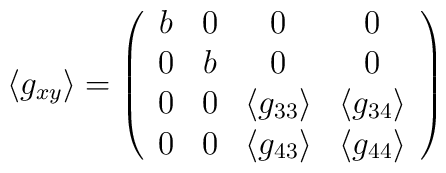
\langle g_{xy} \rangle =\left(\begin{array}{cccc}b & 0 & 0 & 0\\0&  b    &0&0\\0&0&\langle g_{33} \rangle &\langle g_{34}\rangle\\0&0&\langle g_{43} \rangle &\langle g_{44} \rangle\end{array}\right)